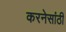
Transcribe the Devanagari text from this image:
करनेसांठी